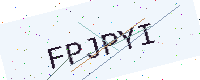
Text: FPJPYI